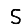
Digit: 5